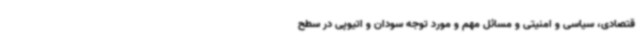
قتصادی، سیاسی و امنیتی و مسائل مهم و مورد توجه سودان و اتیوپی در سطح